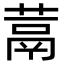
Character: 蒚